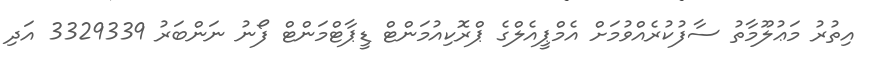
އިތުރު މަޢުލޫމާތު ސާފުކުރެއްވުމަށް އެމްޕީއެލްގެ ޕްރޮކިއުމަންޓް ޑީޕާޓްމަންޓް ފޯނު ނަންބަރު 3329339 އަދި